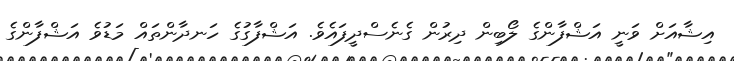
އިޝާއަށް ވަނީ އަޝްފާންގެ ލޯބިން ދިރުން ގެނެސްދީފައެވެ. އަޝްފާގުގެ ހަނދާންތައް މަޑުވެ އަޝްފާންގެ